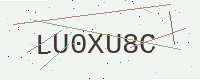
Text: LU0XU8C